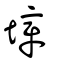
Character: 墇